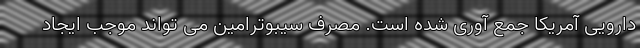
دارویی آمریکا جمع آوری شده است. مصرف سیبوترامین می تواند موجب ایجاد